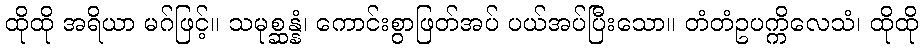
ထိုထို အရိယာ မဂ်ဖြင့်။ သမုစ္ဆန္နံ၊ ကောင်းစွာဖြတ်အပ် ပယ်အပ်ပြီးသော။ တံတံဥပက္ကိလေသံ၊ ထိုထို